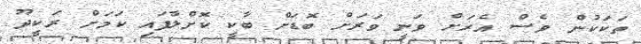
ތަކަކުން ވެސް އެރަށް ވަނީ ވަރަށް ބޮޑަށް ބާކީ ކޮށްލާފައި ކަމަށް ރަކީދޫ